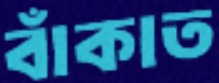
বাঁকাত